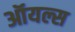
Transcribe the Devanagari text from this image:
ऑयल्स